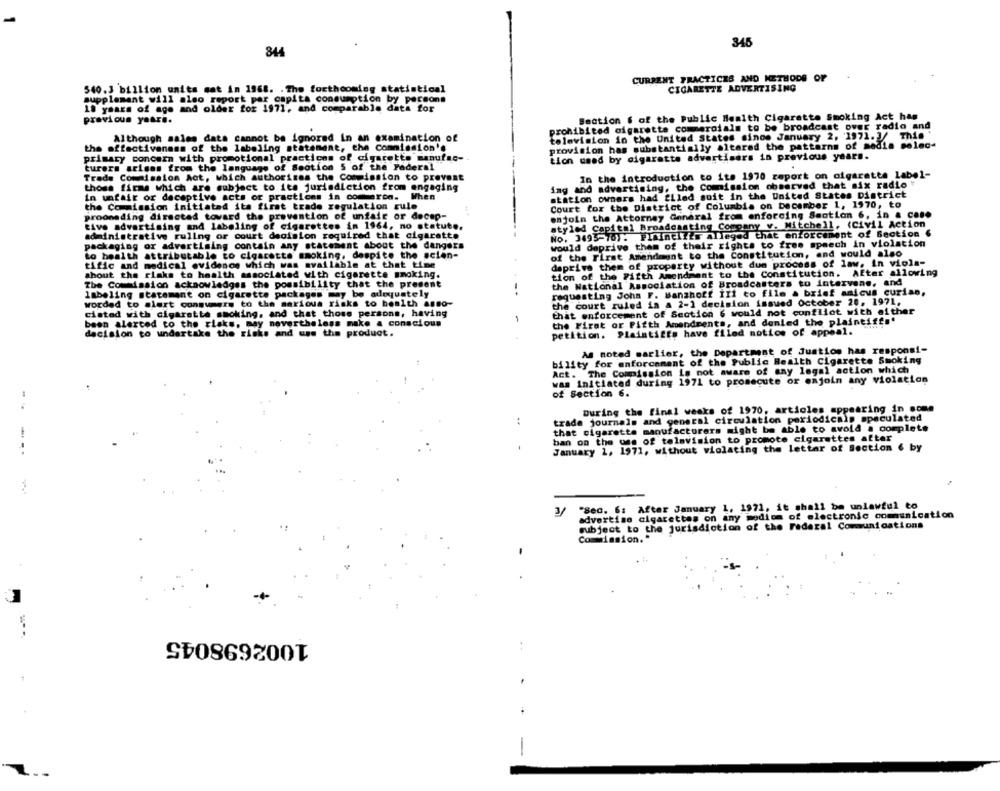
345
844
CURRENT PRACTICES AND METHODS OF
CIGARETTE ADVERTISING
540.3 billion units mat in 1968. . The forthcoming statistical
supplement will also report per capita consumption by persons
18 years of age and older foz 1971, and comparable data for
previous years.
Section $ of the Public Health Cigarette Smoking Act has
prohibited cigarette commerciale to be broadcast over radio and
television in the United States since January 2, 1971.3/
Thin '
Although sales data cannot be ignored in an examination of
the effectiveness of the labeling statement, the commission's
provision has substantially altared the patterns of media selec-
primary concern with promotional practices of cigarette manufac-
tion used by cigarette advertisers in previous years.
turers arisas from the language of Section 5 of the Federal
In the introduction to its 1970 report on cigarette label-
Trade Commission Act, which authorises the Commission to prevent
those firms which are subject to its jurisdiction from engaging
ing and advertising, the Commission observed that six radio
in unfair or deceptive acts or practices in comsaron. When
station owners had filed suit in the United States District
the Commission initiated its first trade regulation rule
Court for the District of Columbia on December 1, 1970, to
enjoin the Attorney General from enforcing Smotion 6, in a caso
prooneding directed toward the prevention of unfair or decep-
tive advertising and labeling of cigarettes in 1964, no statute,
styled Capital Broadcasting Company v. Mitchell, (Civil Action
administrative ruling or court decision required that cigarette
No. 3493-70): PIAInell's alleged that enforcement of Section 6
packaging or advertising contain any statement about the dangers
would deprive them of their rights to free speech in violation
of the First Amendment to the Constitution, and would also
to health attributable to cigarette smoking, despite the seien-
depriva them of property without due process of law. in viola-
tific and medical evidence which was available at that time
shout the risks to health associated with cigarette smoking.
tion of the Fifth Amendment to the Constitution. After allowing
The Commission acknowledges the possibility that the present
the National Association of Broadcasters to intervene, and
labeling statement on cigarette packages may be adequately
requesting John F. Manshoff III to file a brief amicus curian,
the court ruled in a 2-1 decision issued October 20, 1971,
worded to alert consumers to the serious risks to health asso-
ciated with cigarette smoking, and that those persons, having
that enforcement of Section 6 would not conflict with either
been alerted to the risks, may nevertheless make a conscious
the First or Fifth Amendments, and denied the plaintiff.'
decision to undertake the risks and use the product.
petition. Plaintigts have filed notion of appeal.
As noted marlier, the Department of Juation has responsi-
bility for enforcement of the Public Health Cigarette Smoking
Act. The Commission is not aware of any legal action which
was initiated during 1971 to prosecute or enjoin any violation
of Section 6.
During the final weeks of 1970, articles appearing in some
trade journals and general circulation periodicals speculated
:
that cigarette manufacturers might be able to avoid a complete
ban on the use of television to promote cigarettes after
...
January 2, 1971, without violating the letter of Section & by
"Sec. 6: After January 1, 1971, it shall be unlawful to
3/
advertise cigarettes on any mediom of electronic communication
subject to the jurisdiction of the Federal Communications
Commission.
1002698045
-